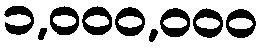
၁,၀၀၀,၀၀၀